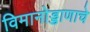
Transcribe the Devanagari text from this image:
विमानोड्डाणाचे